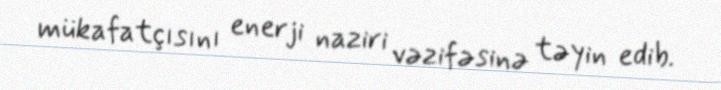
mükafatçısını enerji naziri vəzifəsinə təyin edib.